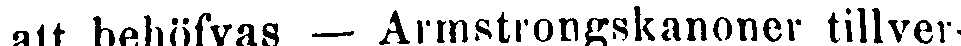
att behöfvas — Armstrongskanoner tillver-